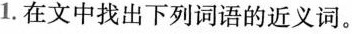
1.在文中找出下列词语的近义词。